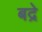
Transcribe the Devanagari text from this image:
बद्रे